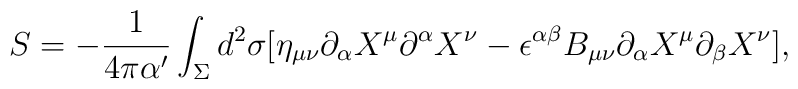
S=-\frac{1}{4\pi \alpha '}\int _\Sigma d^2 \sigma [\eta _{\mu \nu }\partial _\alpha X^\mu  \partial ^\alpha X^\nu  - \epsilon ^{\alpha \beta } B_{\mu \nu }\partial _\alpha X^\mu  \partial _\beta X^\nu ],